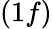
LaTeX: (1f)